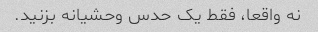
نه واقعا، فقط یک حدس وحشیانه بزنید.